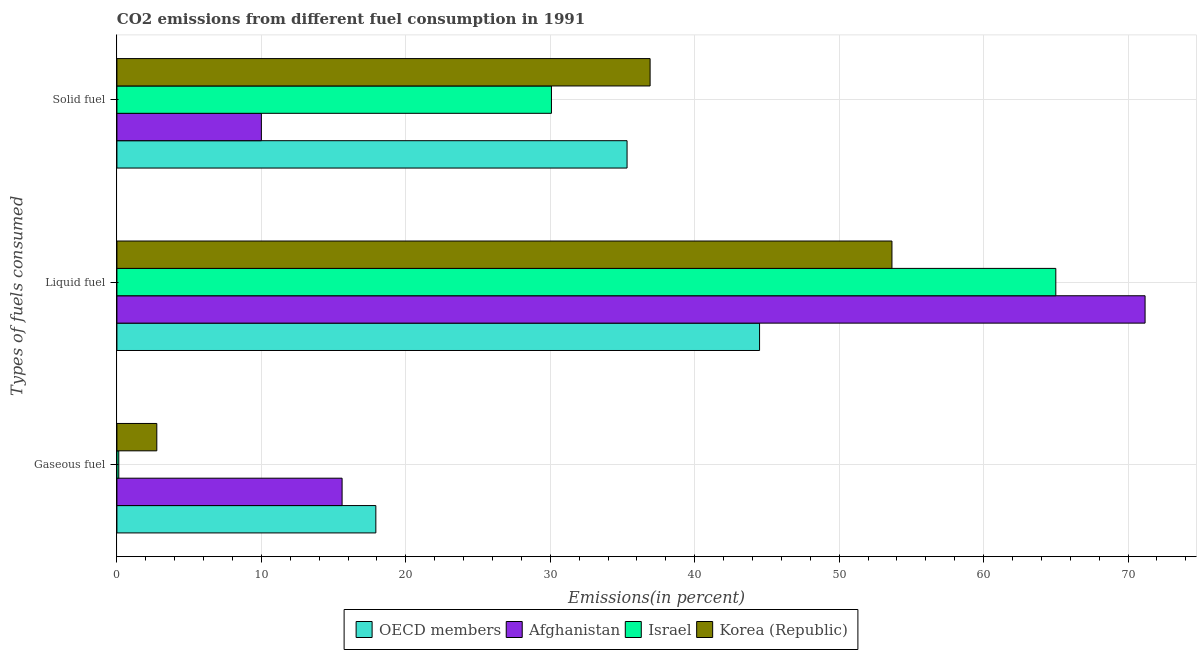
| Types of fuels consumed | OECD members | Afghanistan | Israel | Korea (Republic) |
 | --- | --- | --- | --- | --- |
 | Gaseous fuel | 17.9 | 15.6 | 0.129 | 2.76 |
 | Liquid fuel | 44.5 | 71.2 | 65 | 53.7 |
 | Solid fuel | 35.3 | 10 | 30.1 | 36.9 |